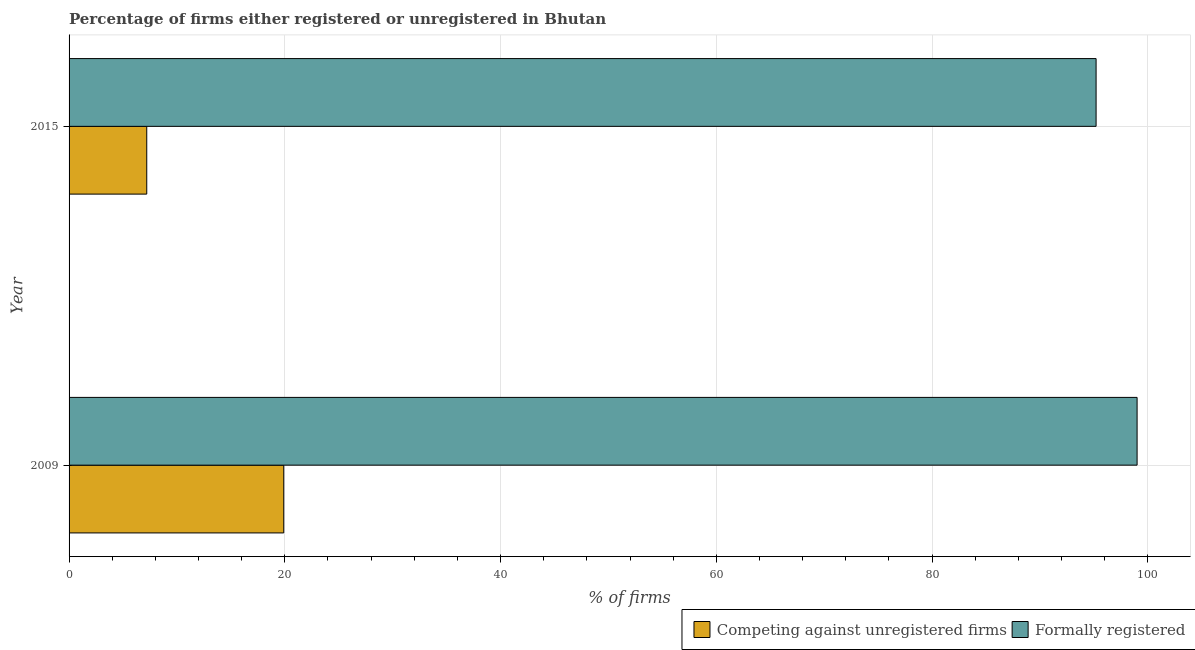
| Year | Competing against unregistered firms | Formally registered |
 | --- | --- | --- |
 | 2009 | 19.9 | 99 |
 | 2015 | 7.2 | 95.2 |